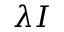
\lambda I